画像に写った文字を読んでください
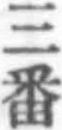
「三番」と書いてあります